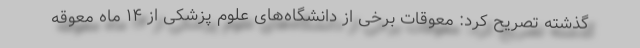
گذشته تصریح کرد: معوقات برخی از دانشگاه‌های علوم پزشکی از ۱۴ ماه معوقه